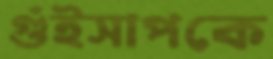
গুঁইসাপকে